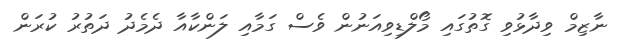
ނާޒިމް ވިދާޅުވި ގޮތުގައި މޯލްޑިވިއަނުން ވެސް ގަމާއި ލަންކާއާ ދެމެދު ދަތުރު ކުރަން